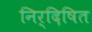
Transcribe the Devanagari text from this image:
निर्दिषित